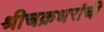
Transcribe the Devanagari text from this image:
श्रीचक्रधरांची